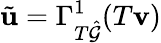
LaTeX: \tilde{\mathbf{u}}=\Gamma_{T\hat{\mathcal{G}}}^{1}(T\mathbf{v})